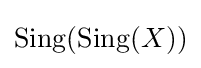
\mathrm {Sing} (\mathrm {Sing} (X))